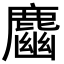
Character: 𪋎